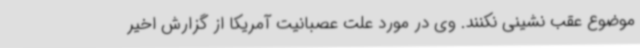
موضوع عقب نشینی نکنند. وی در مورد علت عصبانیت آمریکا از گزارش اخیر